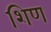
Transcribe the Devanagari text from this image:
शिण